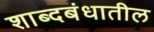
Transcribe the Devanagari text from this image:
शाब्दबंधातील